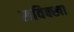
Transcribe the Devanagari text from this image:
सविक्खा